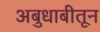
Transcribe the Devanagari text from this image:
अबुधाबीतून